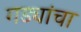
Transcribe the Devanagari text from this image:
गड्यांचा